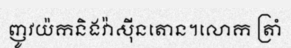
ញូវយ៉កនិងវ៉ាស៊ីនតោន។លោក ត្រាំ